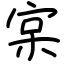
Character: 宲